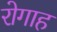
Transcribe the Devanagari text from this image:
रोगाह